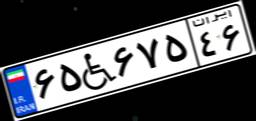
۶۵W۶۷۵۴۶